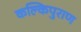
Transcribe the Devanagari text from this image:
कल्किपुराण